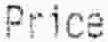
PRICE